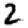
Digit: 2